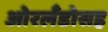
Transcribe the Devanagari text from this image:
ओरलँडोसह